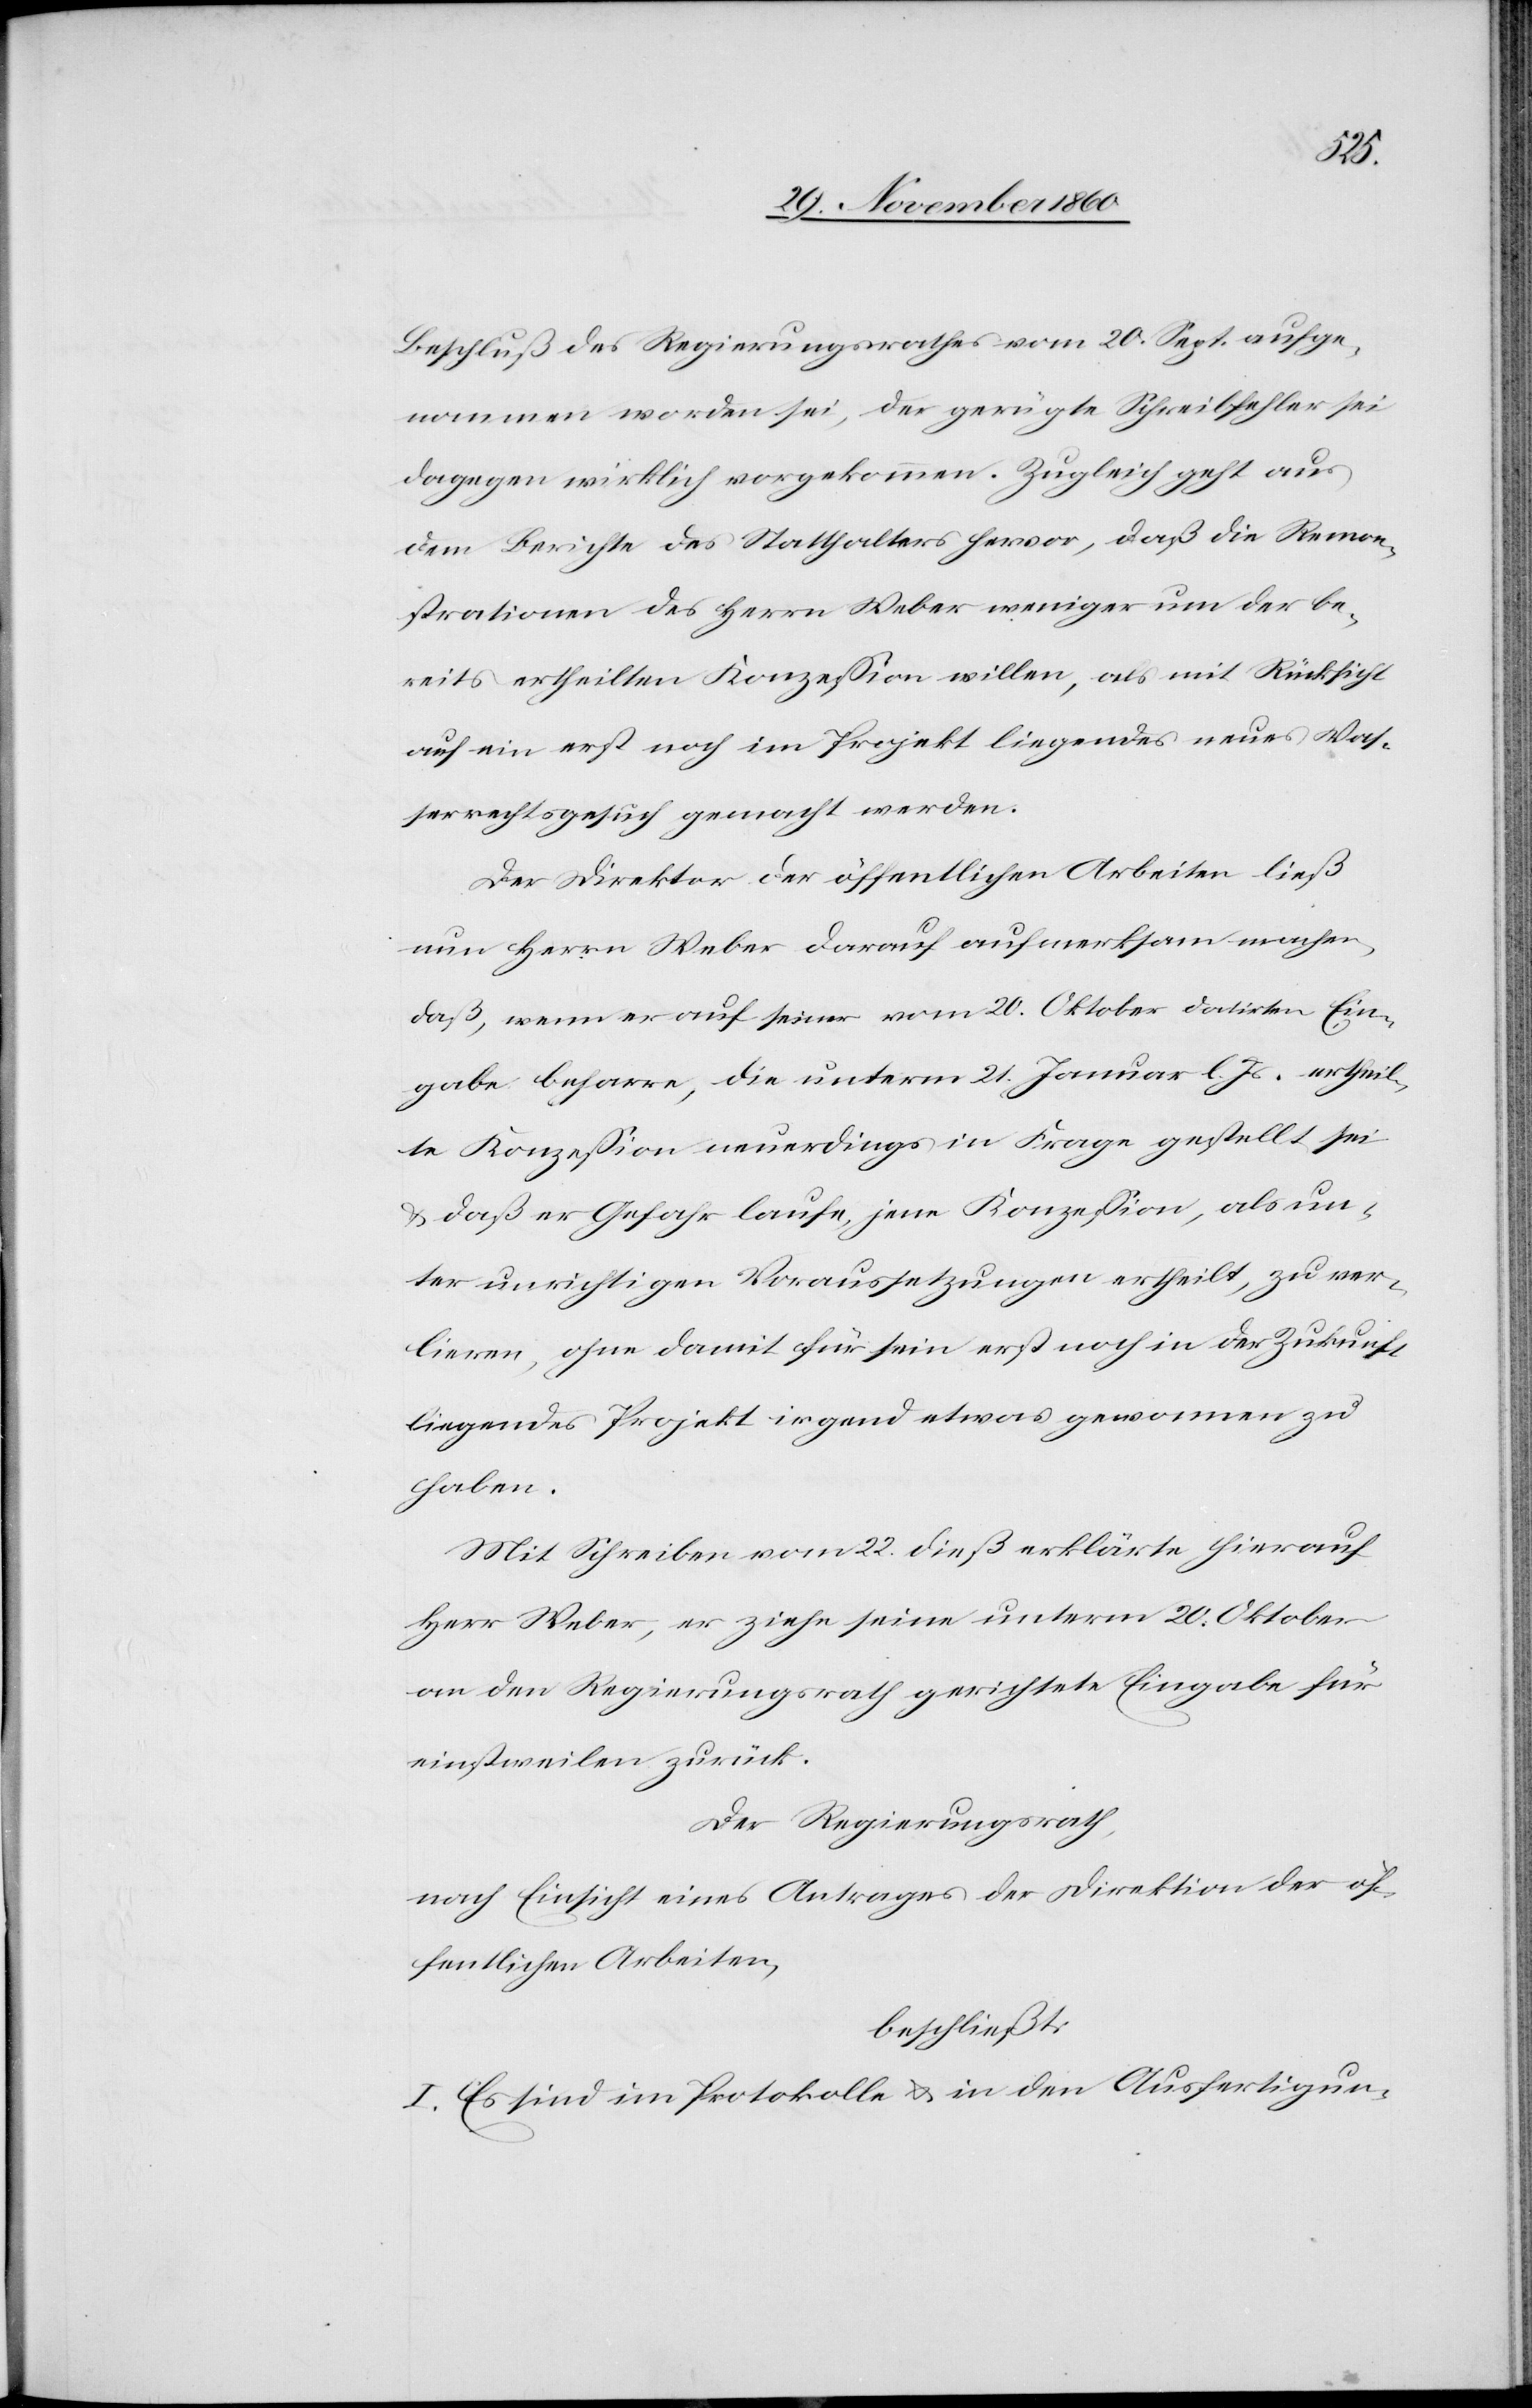
Beschluß des Regierungsrathes vom 20. Sept. aufge¬
nommen worden sei, der gerügte Schreibfehler sei
dagegen wirklich vorgekommen. Zugleich geht aus
dem Berichte des Statthalters hervor, daß die Remon¬
strationen des Herrn Weber weniger um der be¬
reits ertheilten Konzession willen, als mit Rücksicht
auf ein erst noch im Projekt liegendes neues Was¬
serrechtsgesuch gemacht werden.
Der Direktor der öffentlichen Arbeiten ließ
nun Herrn Weber darauf aufmerksam machen,
daß, wenn er auf seiner vom 20. Oktober datirten Ein¬
gabe beharre, die unterm 21. Januar l. Js. ertheil¬
te Konzession neuerdings in Frage gestellt sei
u. daß er Gefahr laufe, jene Konzession, als un¬
ter unrichtigen Voraussetzungen ertheilt, zu ver¬
lieren, ohne damit für sein erst noch in der Zukunft
liegendes Projekt irgend etwas gewonnen zu
haben.
Mit Schreiben vom 22. dieß erklärte hierauf
Herr Weber, er ziehe seine unterm 20. Oktober
an den Regierungsrath gerichtete Eingabe für
einstweilen zurück.
Der Regierungsrath,
nach Einsicht eines Antrages der Direktion der öf¬
fentlichen Arbeiten,
beschließt:
I. Es sind im Protokolle u. in den Ausfertigun-